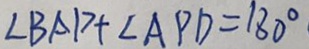
\angle B A D + \angle A P D = 1 8 0 ^ { \circ }